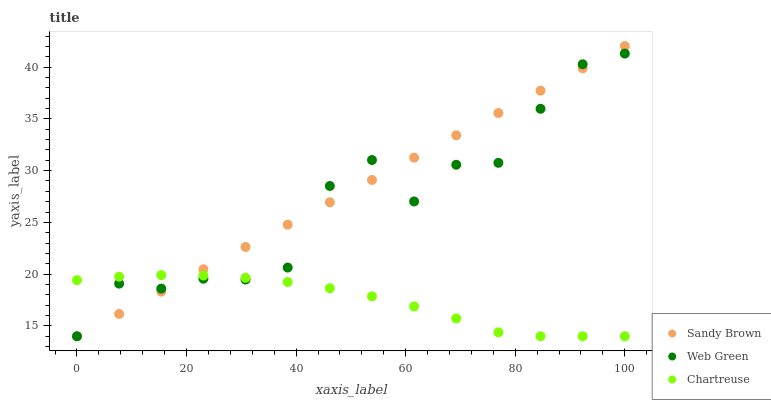
| xaxis_label | Sandy Brown | Web Green | Chartreuse |
 | --- | --- | --- | --- |
 | 0 | 14 | 14 | 19.4 |
 | 7.69 | 16.2 | 19.1 | 19.8 |
 | 15.4 | 18.3 | 18.6 | 19.9 |
 | 23.1 | 20.5 | 19.6 | 19.9 |
 | 30.8 | 22.6 | 19.5 | 19.6 |
 | 38.5 | 24.8 | 20.6 | 19.2 |
 | 46.2 | 26.9 | 28.5 | 18.6 |
 | 53.8 | 29.1 | 31 | 17.9 |
 | 61.5 | 31.3 | 27 | 16.9 |
 | 69.2 | 33.4 | 30.6 | 15.7 |
 | 76.9 | 35.6 | 30.8 | 14.4 |
 | 84.6 | 37.7 | 36 | 14 |
 | 92.3 | 39.9 | 40.3 | 14 |
 | 100 | 42 | 41.3 | 14 |